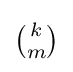
{\begin{matrix}{k \choose m}\end{matrix}}